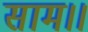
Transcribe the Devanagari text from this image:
साम।।